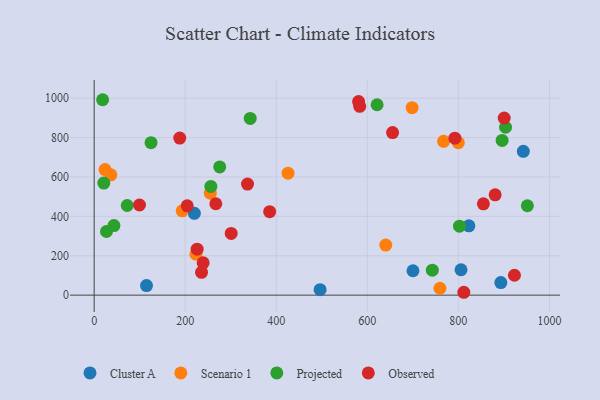
{"axis": {"x": "Engine Size", "y": "Rating"}, "legend": ["Cluster A", "Observed", "Projected", "Scenario 1"], "data": [{"x": "893.3", "y": 63.8, "type": "Cluster A"}, {"x": "496.3", "y": 27.6, "type": "Cluster A"}, {"x": "823.1", "y": 351.9, "type": "Cluster A"}, {"x": "115.0", "y": 48.6, "type": "Cluster A"}, {"x": "942.7", "y": 730.1, "type": "Cluster A"}, {"x": "220.1", "y": 415.2, "type": "Cluster A"}, {"x": "700.3", "y": 123.8, "type": "Cluster A"}, {"x": "805.9", "y": 128.8, "type": "Cluster A"}, {"x": "767.6", "y": 780.8, "type": "Scenario 1"}, {"x": "193.4", "y": 428.0, "type": "Scenario 1"}, {"x": "255.1", "y": 517.6, "type": "Scenario 1"}, {"x": "640.5", "y": 254.2, "type": "Scenario 1"}, {"x": "698.4", "y": 952.0, "type": "Scenario 1"}, {"x": "425.9", "y": 619.3, "type": "Scenario 1"}, {"x": "759.5", "y": 34.9, "type": "Scenario 1"}, {"x": "36.7", "y": 610.9, "type": "Scenario 1"}, {"x": "223.7", "y": 207.5, "type": "Scenario 1"}, {"x": "799.9", "y": 774.2, "type": "Scenario 1"}, {"x": "23.9", "y": 637.3, "type": "Scenario 1"}, {"x": "275.8", "y": 651.1, "type": "Projected"}, {"x": "21.2", "y": 568.8, "type": "Projected"}, {"x": "27.1", "y": 323.0, "type": "Projected"}, {"x": "621.5", "y": 966.7, "type": "Projected"}, {"x": "342.8", "y": 897.1, "type": "Projected"}, {"x": "903.7", "y": 852.5, "type": "Projected"}, {"x": "124.9", "y": 774.1, "type": "Projected"}, {"x": "742.8", "y": 126.6, "type": "Projected"}, {"x": "802.5", "y": 350.2, "type": "Projected"}, {"x": "256.4", "y": 552.2, "type": "Projected"}, {"x": "43.4", "y": 353.2, "type": "Projected"}, {"x": "896.1", "y": 785.3, "type": "Projected"}, {"x": "72.6", "y": 455.2, "type": "Projected"}, {"x": "18.6", "y": 992.2, "type": "Projected"}, {"x": "951.6", "y": 453.8, "type": "Projected"}, {"x": "336.8", "y": 564.1, "type": "Observed"}, {"x": "880.8", "y": 509.3, "type": "Observed"}, {"x": "385.5", "y": 424.0, "type": "Observed"}, {"x": "812.0", "y": 14.5, "type": "Observed"}, {"x": "239.4", "y": 163.8, "type": "Observed"}, {"x": "923.2", "y": 100.9, "type": "Observed"}, {"x": "655.5", "y": 825.2, "type": "Observed"}, {"x": "855.0", "y": 463.6, "type": "Observed"}, {"x": "580.9", "y": 982.8, "type": "Observed"}, {"x": "267.2", "y": 463.9, "type": "Observed"}, {"x": "99.6", "y": 457.6, "type": "Observed"}, {"x": "900.7", "y": 899.1, "type": "Observed"}, {"x": "235.9", "y": 116.0, "type": "Observed"}, {"x": "188.0", "y": 797.4, "type": "Observed"}, {"x": "301.0", "y": 313.3, "type": "Observed"}, {"x": "204.4", "y": 453.7, "type": "Observed"}, {"x": "226.2", "y": 233.1, "type": "Observed"}, {"x": "792.4", "y": 797.2, "type": "Observed"}, {"x": "583.3", "y": 958.9, "type": "Observed"}]}